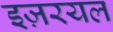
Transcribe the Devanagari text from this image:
इज़रयल